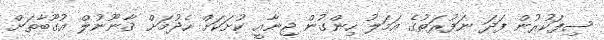
ސިފަކުރުން ފަދަ ނަފުރަތުގެ އަމަލު ހިންގުން ޖިނާއީ ކުށަކަށް ހެދުމަށް ޤާނޫނުލް އުގޫބާތަށް